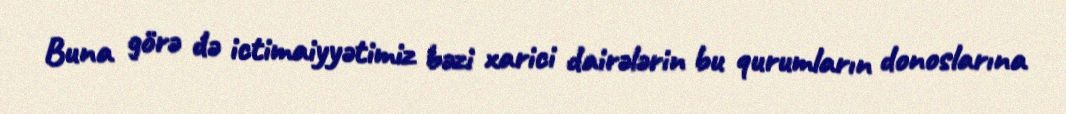
Buna görə də ictimaiyyətimiz bəzi xarici dairələrin bu qurumların donoslarına